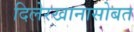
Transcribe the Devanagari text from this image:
दिलेरखानासोबत